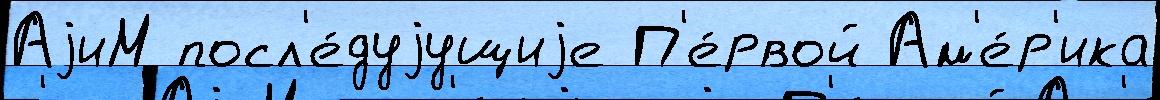
АjиМ посл'е́дуjущиjе П'е́рвой Ам'е́р'ика